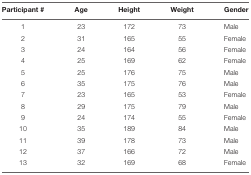
<table><thead><tr><td><b>Participant #</b></td><td><b>Age</b></td><td><b>Height</b></td><td><b>Weight</b></td><td><b>Gender</b></td></tr></thead><tbody><tr><td>1</td><td>23</td><td>172</td><td>73</td><td>Male</td></tr><tr><td>2</td><td>31</td><td>165</td><td>55</td><td>Female</td></tr><tr><td>3</td><td>24</td><td>164</td><td>56</td><td>Female</td></tr><tr><td>4</td><td>25</td><td>169</td><td>62</td><td>Female</td></tr><tr><td>5</td><td>25</td><td>176</td><td>75</td><td>Male</td></tr><tr><td>6</td><td>35</td><td>175</td><td>76</td><td>Male</td></tr><tr><td>7</td><td>23</td><td>165</td><td>53</td><td>Female</td></tr><tr><td>8</td><td>29</td><td>175</td><td>79</td><td>Male</td></tr><tr><td>9</td><td>24</td><td>174</td><td>55</td><td>Female</td></tr><tr><td>10</td><td>35</td><td>189</td><td>84</td><td>Male</td></tr><tr><td>11</td><td>39</td><td>178</td><td>73</td><td>Male</td></tr><tr><td>12</td><td>37</td><td>166</td><td>72</td><td>Male</td></tr><tr><td>13</td><td>32</td><td>169</td><td>68</td><td>Female</td></tr></tbody></table>